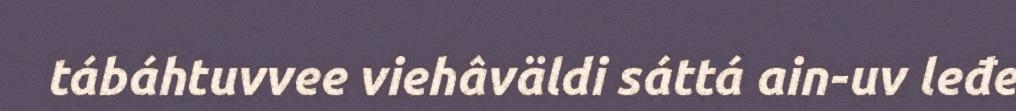
tábáhtuvvee viehâväldi sáttá ain-uv leđe